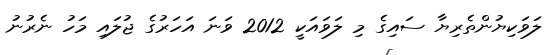
ލަވަކިޔުންތެރިޔާ ސައިގެ މި ލަވައަކީ 2012 ވަނަ އަހަރުގެ ޖުލައި މަހު ނެރުނު